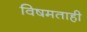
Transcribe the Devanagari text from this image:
विषमताही